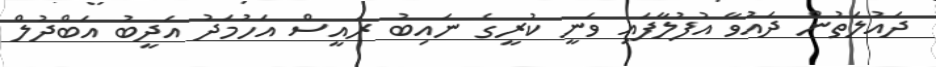
ދައުލަތުން ދައުވާ އުފުލާފައި ވަނީ ކުރީގެ ނައިބު ރައީސް އަހުމަދު އަދީބު އަބްދުލް